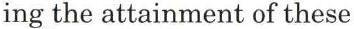
ing the attainment of these